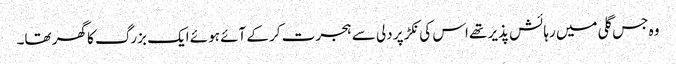
وہ جس گلی میں رہائش پذیر تھے اس کی نکڑ پر دلی سے ہجرت کر کے آئے ہوئے ایک بزرگ کا گھر تھا۔